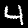
Label: 4